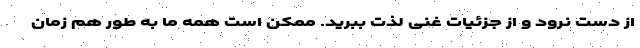
از دست نرود و از جزئیات غنی لذت ببرید. ممکن است همه ما به طور هم زمان